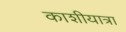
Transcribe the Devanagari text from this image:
काशीयात्रा